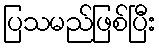
ပြသမည်ဖြစ်ပြီး